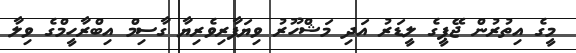
މީގެ އިތުރުން ޖޭޕީގެ ލީޑަރު އަދި މަޝްހޫރު ވިޔަފާރިވެރިޔާ ގާސިމް އިބްރާހީމްގެ ވިލާ